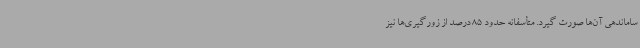
ساماندهی آن‌ها صورت گیرد. متأسفانه حدود 85 درصد از زورگیری‌ها نیز